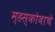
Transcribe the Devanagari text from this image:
म्हस्कोबाचे